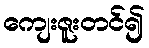
ကျေးဇူးတင်၍